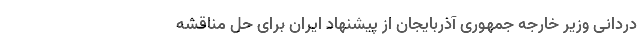
دردانی وزیر خارجه جمهوری آذربایجان از پیشنهاد ایران برای حل مناقشه